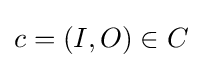
c=(I,O)\in C